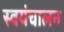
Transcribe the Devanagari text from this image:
स्वयंचालन